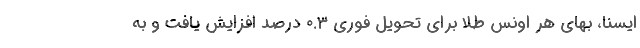
ایسنا، بهای هر اونس طلا برای تحویل فوری ۰.۳ درصد افزایش یافت و به